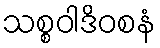
သစ္စဝါဒိဝစနံ